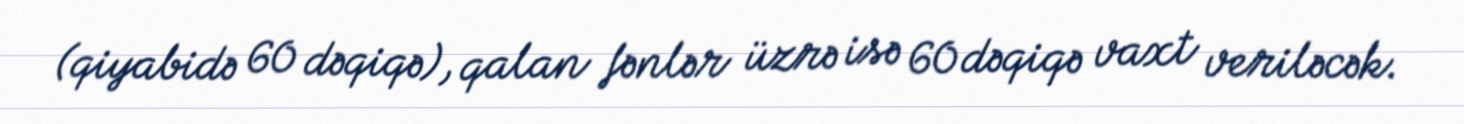
(qiyabidə 60 dəqiqə), qalan fənlər üzrə isə 60 dəqiqə vaxt veriləcək.